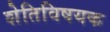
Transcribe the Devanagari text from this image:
शेतिविषयक